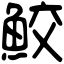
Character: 鮫